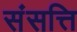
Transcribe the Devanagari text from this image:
संसत्ति